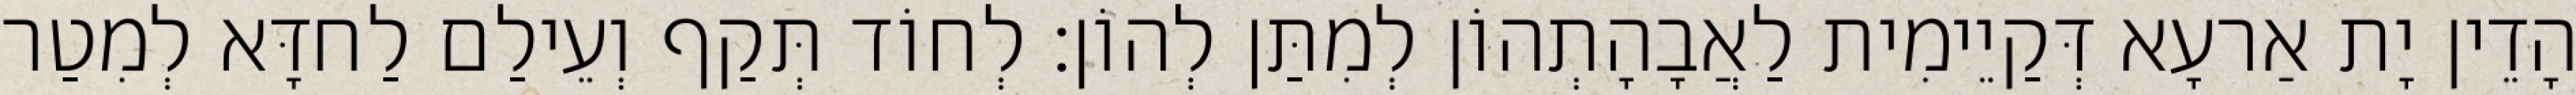
הָדֵין יָת אַרעָא דְּקַיֵימִית לַאֲבָהָתְהוֹן לְמִתַּן לְהוֹן׃ לְחוֹד תְּקַף וְעֵילַם לַחדָּא לְמִטַר